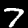
Label: 7